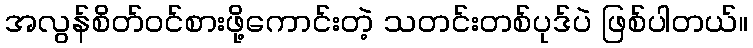
အလွန်စိတ်ဝင်စားဖို့ကောင်းတဲ့ သတင်းတစ်ပုဒ်ပဲ ဖြစ်ပါတယ်။